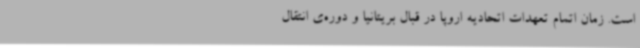
است. زمان اتمام تعهدات اتحادیه اروپا در قبال بریتانیا و دوره‌ی انتقال